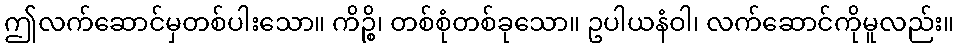
ဤလက်ဆောင်မှတစ်ပါးသော။ ကိဉ္စိ၊ တစ်စုံတစ်ခုသော။ ဥပါယနံဝါ၊ လက်ဆောင်ကိုမူလည်း။